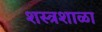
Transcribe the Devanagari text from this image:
शस्त्रशाळा